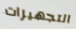
التجهيزات